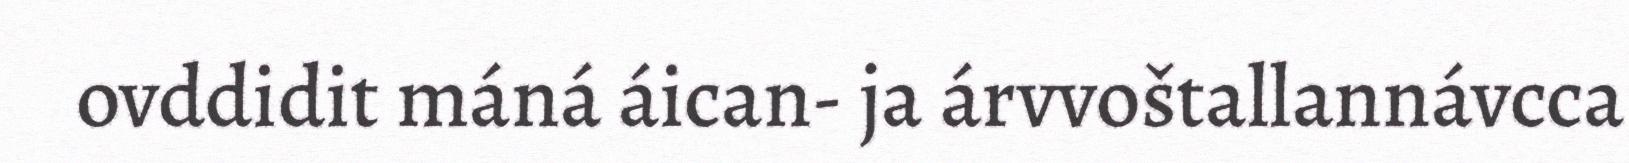
ovddidit máná áican- ja árvvoštallannávcca